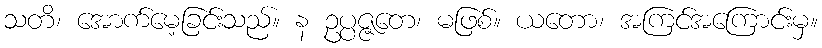
သတိ၊ အောက်မေ့ခြင်းသည်။ န ဥပ္ပဇ္ဇတေ၊ မဖြစ်။ ယတော၊ အကြင်အကြောင်းမှ။